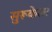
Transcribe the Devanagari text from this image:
सुरूकेला